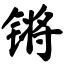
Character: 锵